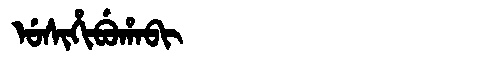
Manchu: ᡠᠰᡳᡥᡳᠪᡠᡥᠠᠪᡳ
Romanization: USIHIBUHABI